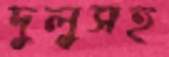
দুলুসহ